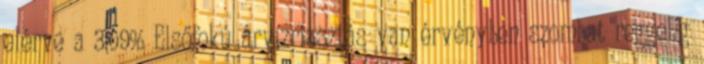
elérve a 3,09% Elsőfokú árvízriasztás van érvényben szombat reggelig